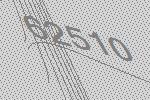
62510